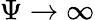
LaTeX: \Psi\rightarrow\infty